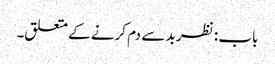
باب : نظر بد سے دم کرنے کے متعلق۔